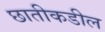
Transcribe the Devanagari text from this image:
छातीकडील